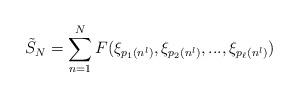
LaTeX: \begin{align*}\tilde S_N=\sum_{n=1}^NF(\xi_{p_1(n^l)},\xi_{p_2(n^l)},...,\xi_{p_\ell(n^l)})\end{align*}